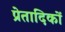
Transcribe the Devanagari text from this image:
प्रेतादिकों